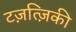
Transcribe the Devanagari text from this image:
टज़त्ज़िकी